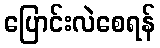
ပြောင်းလဲစေရန်